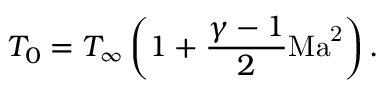
{ T _ { 0 } } = { T _ { \infty } } \left( { 1 + \frac { { \gamma - 1 } } { 2 } \mathrm { { M a } ^ { 2 } } } \right) .